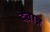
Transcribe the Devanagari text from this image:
देवान्न